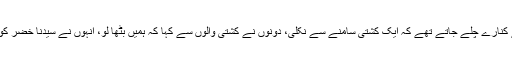
پس خضرؑ اور سیدنا موسیٰؑ دونوں سمندر کے کنارے چلے جاتے تھے کہ ایک کشتی سامنے سے نکلی، دونوں نے کشتی والوں سے کہا کہ ہمیں بٹھا لو، انہوں نے سیدنا خضرؑ کو پہچان لیا اور دونوں کو بغیر کرایہ چڑھا لیا۔